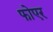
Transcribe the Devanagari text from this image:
फोएर